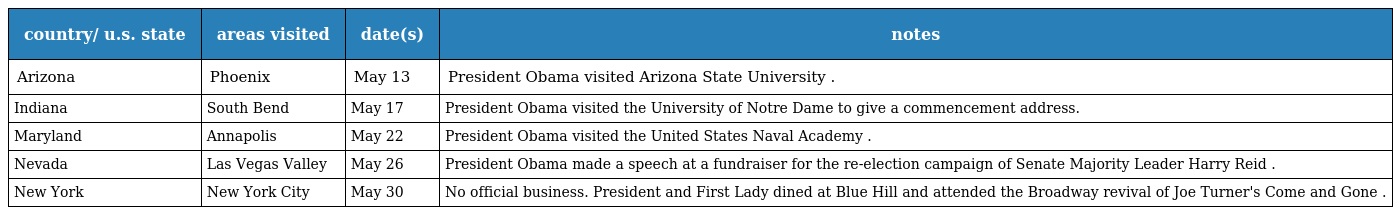
| country/ u.s. state | areas visited | date(s) | notes |
 | --- | --- | --- | --- |
 | Arizona | Phoenix | May 13 | President Obama visited Arizona State University . |
 | Indiana | South Bend | May 17 | President Obama visited the University of Notre Dame to give a commencement address. |
 | Maryland | Annapolis | May 22 | President Obama visited the United States Naval Academy . |
 | Nevada | Las Vegas Valley | May 26 | President Obama made a speech at a fundraiser for the re-election campaign of Senate Majority Leader Harry Reid . |
 | New York | New York City | May 30 | No official business. President and First Lady dined at Blue Hill and attended the Broadway revival of Joe Turner's Come and Gone . |